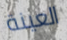
العينة